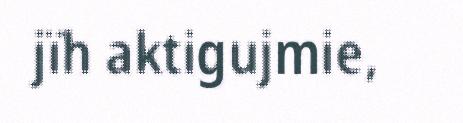
jïh aktigujmie,